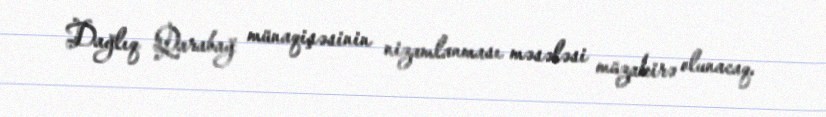
Dağlıq Qarabağ münaqişəsinin nizamlanması məsələsi müzakirə olunacaq.